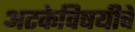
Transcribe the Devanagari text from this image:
अटकेविषयीचे